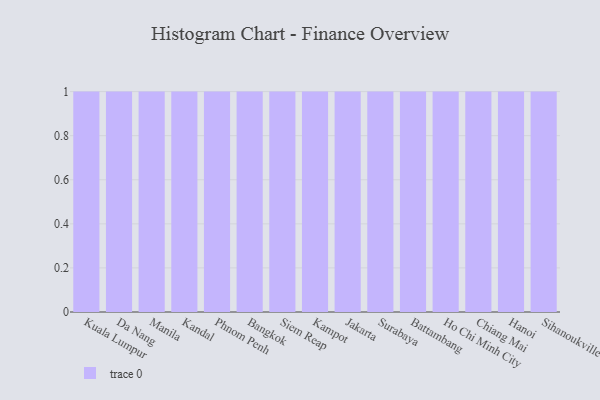
{"axis": {"x": "City", "y": "Gross Profit (USD K)"}, "legend": [""], "data": [{"x": "Kuala Lumpur", "y": 15, "type": ""}, {"x": "Da Nang", "y": 30, "type": ""}, {"x": "Manila", "y": 49, "type": ""}, {"x": "Kandal", "y": 81, "type": ""}, {"x": "Phnom Penh", "y": 45, "type": ""}, {"x": "Bangkok", "y": 51, "type": ""}, {"x": "Siem Reap", "y": 86, "type": ""}, {"x": "Kampot", "y": 63, "type": ""}, {"x": "Jakarta", "y": 30, "type": ""}, {"x": "Surabaya", "y": 55, "type": ""}, {"x": "Battambang", "y": 35, "type": ""}, {"x": "Ho Chi Minh City", "y": 43, "type": ""}, {"x": "Chiang Mai", "y": 39, "type": ""}, {"x": "Hanoi", "y": 20, "type": ""}, {"x": "Sihanoukville", "y": 74, "type": ""}]}